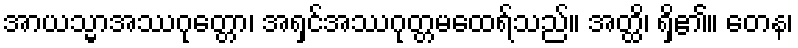
အာယသ္မာအဿဂုတ္တော၊ အရှင်အဿဂုတ္တမထေရ်သည်။ အတ္ထိ၊ ရှိ၏။ တေန၊